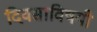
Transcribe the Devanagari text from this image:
दिवसाविषयी